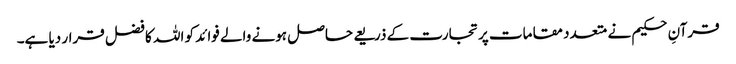
قرآنِ حکیم نے متعدد مقامات پرتجارت کے ذریعے حاصل ہونے والے فوائد کو اللہ کا فضل قرار دیا ہے۔